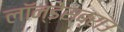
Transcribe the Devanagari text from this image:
लॉन्डेसब्राउ